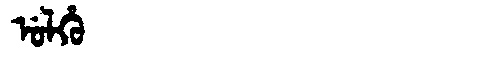
Manchu: ᡠᠯᡥᡠ
Romanization: ULHU